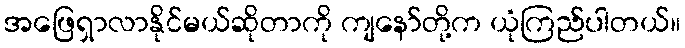
အဖြေရှာလာနိုင်မယ်ဆိုတာကို ကျနော်တို့က ယုံကြည်ပါတယ်။